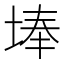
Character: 埲